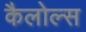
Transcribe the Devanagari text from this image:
कैलोल्स